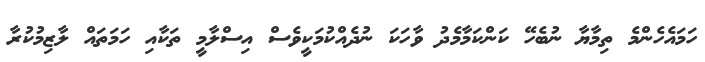
ހަމައެހެންމެ ތިމާޔާ ނުބެހޭ ކަންކަމާމެދު ވާހަކަ ނުދެއްކުމަކީވެސް އިސްލާމީ ތަކާއި ހަމަތައް ލާޒިމުކުރާ